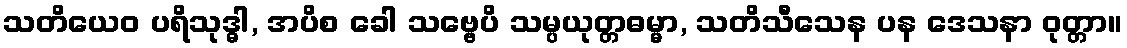
သတိယေဝ ပရိသုဒ္ဓါ, အပိစ ခေါ သဗ္ဗေပိ သမ္ပယုတ္တဓမ္မာ, သတိသီသေန ပန ဒေသနာ ဝုတ္တာ။